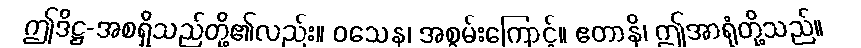
ဤဒိဋ္ဌ-အစရှိသည်တို့၏လည်း။ ဝသေန၊ အစွမ်းကြောင့်။ ဧတာနိ၊ ဤအာရုံတို့သည်။